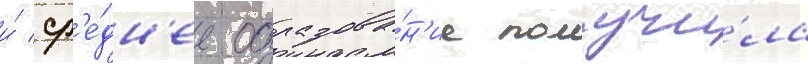
и́ ср'е́дн'ее образова́н'ие получи́ла